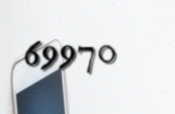
69970